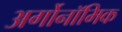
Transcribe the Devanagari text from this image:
अर्गोनॉमिक